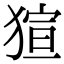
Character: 𤟿